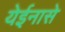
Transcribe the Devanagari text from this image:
येईनासे